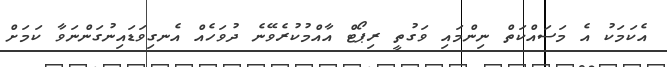
އެކަމަކު އެ މަސައްކަތް ނިންމައި ވަގުތީ ރިޕޯޓް އާއްމުކުރެވޭނެ ދުވަހެއް އެނގިވަޑައިނުގަންނަވާ ކަމަށް